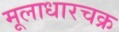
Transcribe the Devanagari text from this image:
मूलाधारचक्र